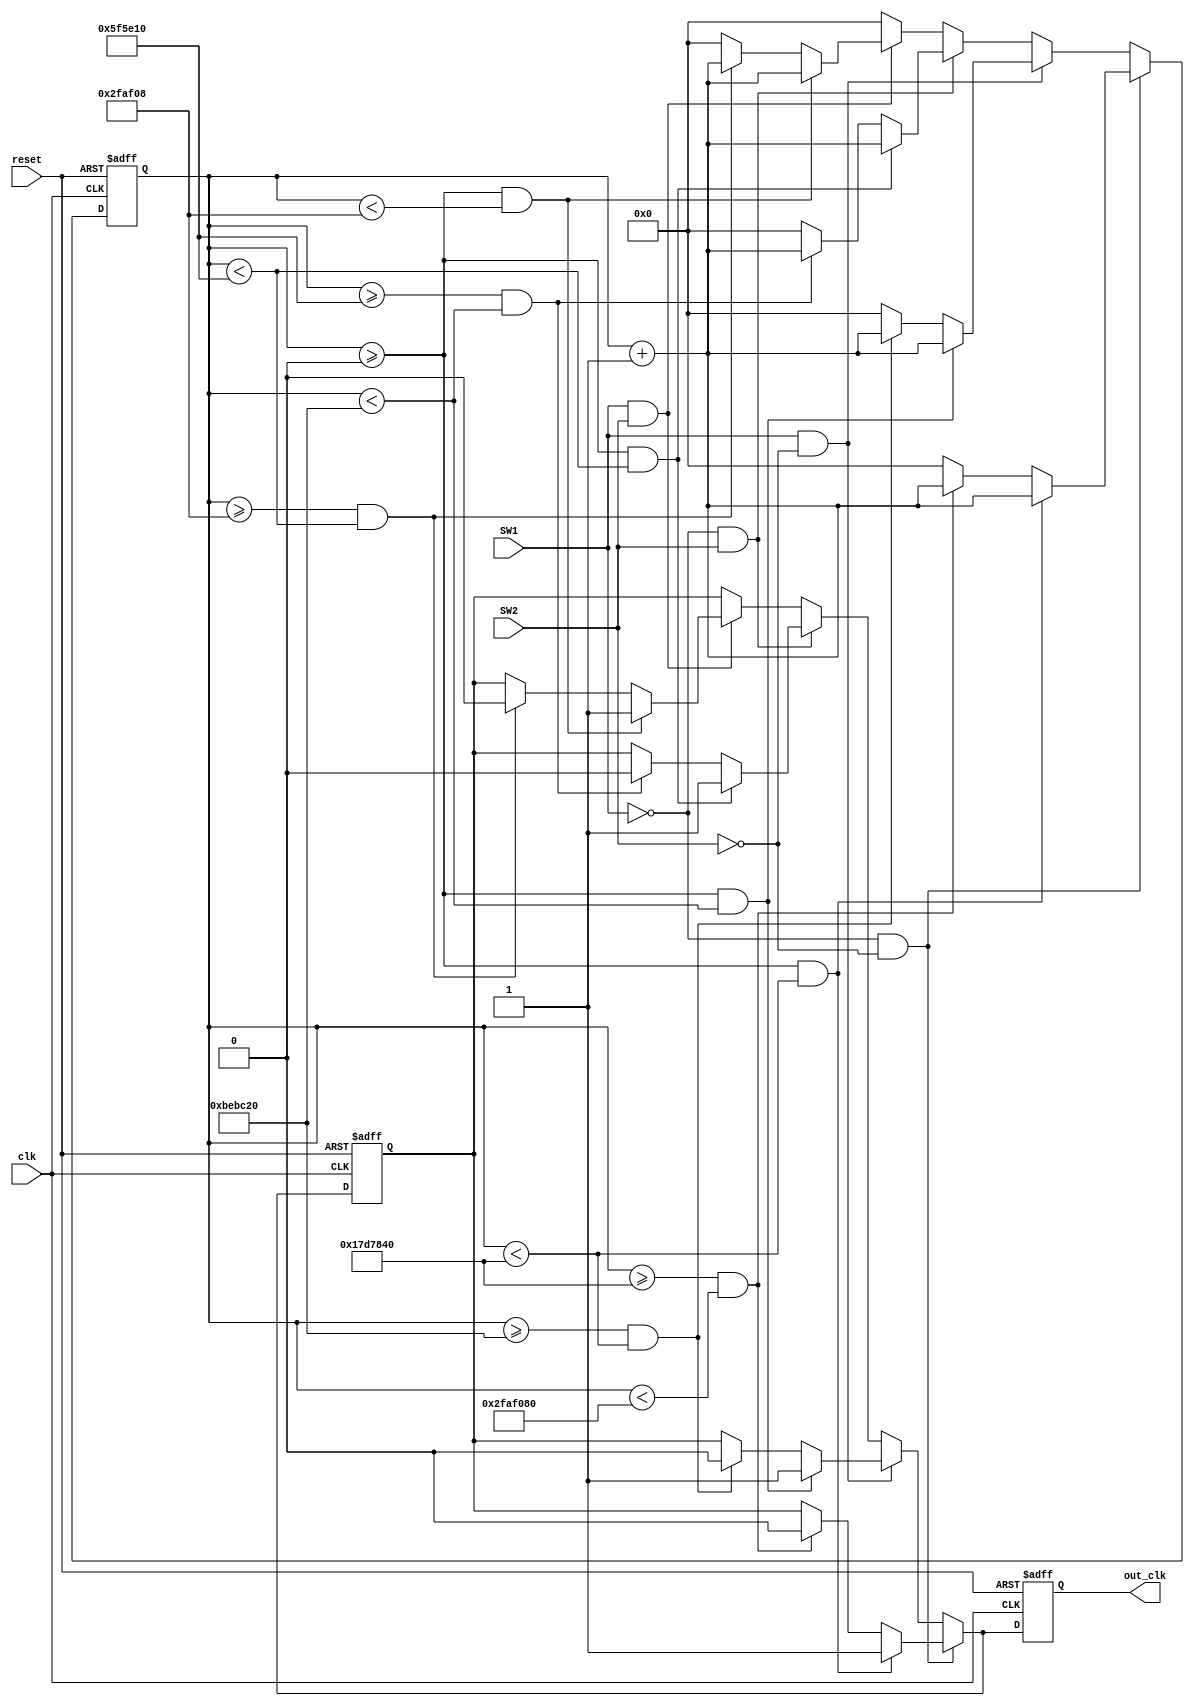
module clock_div(clk, reset, out_clk,SW1,SW2);

input clk,reset,SW1,SW2;
output out_clk;
reg out_clk,out_clk_aux;
reg [27:0]counter;


always @(posedge (clk),posedge (reset))
	begin

		if(reset==1'b1)
			begin
			counter = 28'd0;
			out_clk_aux=1'b0;
			end
			
			else
			begin
			if((SW1 == 1'b0) && (SW2 == 1'b0))
					begin
						if((counter>=28'd0) && (counter<28'd25000000))
							begin
							out_clk_aux=1'b1;
							counter = counter +1;
							end
						else if ((counter>=28'd25000000) && (counter<28'd50000000))
							begin
							out_clk_aux=1'b0;
							counter = counter +1;
							end
						else
							begin
							counter = 28'd0;
							end
					end
			else if((SW1 == 1'b1) && (SW2 == 1'b0))
					begin
						if((counter>=28'd0) && (counter<28'd12500000))
							begin
							out_clk_aux=1'b1;
							counter = counter +1;
							end
						else if((counter>=28'd12500000) && (counter<28'd25000000))
							begin
							out_clk_aux=1'b0;
							counter = counter +1;
							end

						else
							begin
							counter = 28'd0;
							end
					end
			else if((SW1 == 1'b0) && (SW2 == 1'b1))
					begin
						if((counter>=28'd0) && (counter<28'd6250000))
							begin
							out_clk_aux=1'b1;
							counter = counter +1;
							end
						else if ((counter>=28'd6250000) && (counter<28'd12500000))
							begin
							out_clk_aux=1'b0;
							counter = counter +1;
							end
						else
							begin
							counter = 28'd0;
							end
					end
			else if((SW1 == 1'b1) && (SW2 == 1'b1))
					begin
						if((counter>=28'd0) && (counter<28'd3125000))
							begin
							out_clk_aux=1'b1;
							counter = counter +1;
							end
						else if ((counter>=28'd3125000) && (counter<28'd6250000))
							begin
							out_clk_aux=1'b0;
							counter = counter +1;
							end
						else
							begin
							counter = 28'd0;
							end
					end
				else
					begin
						counter = 28'd0;
					end
					end
			
		// port assignements
		out_clk=out_clk_aux;
	end
endmodule